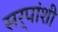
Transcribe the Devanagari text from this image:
सर्पांशी